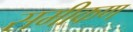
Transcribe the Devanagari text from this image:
समीकण